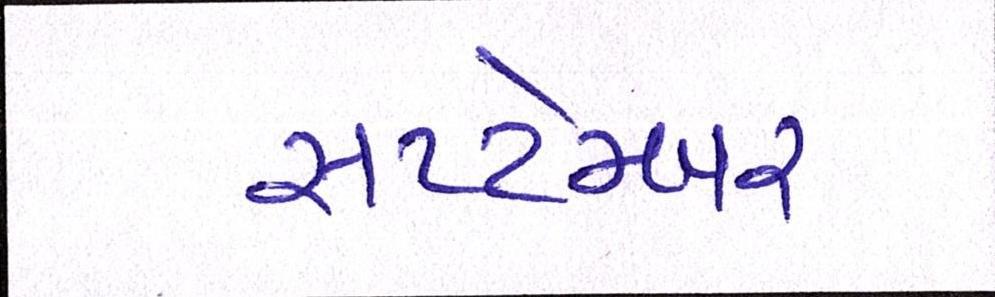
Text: સપ્ટેમ્બર